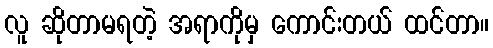
လူ ဆိုတာမရတဲ့ အရာကိုမှ ကောင်းတယ် ထင်တာ။